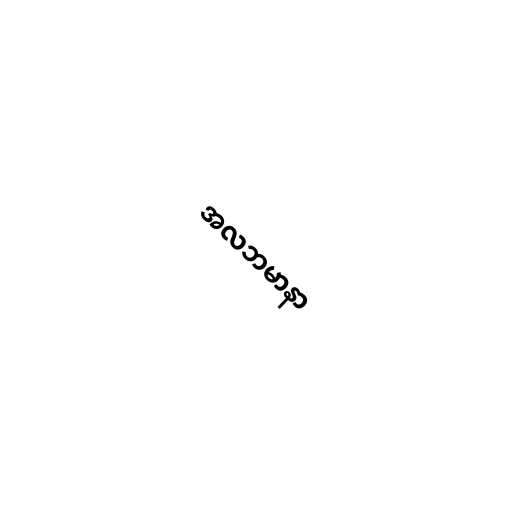
အလဘမာနာ